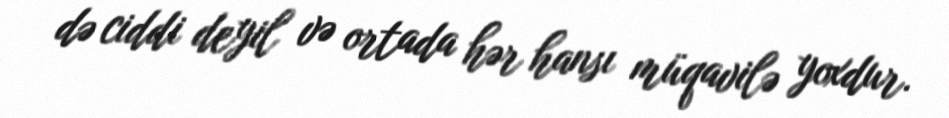
də ciddi deyil və ortada hər hansı müqavilə yoxdur.